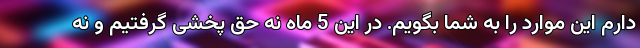
دارم این موارد را به شما بگویم. در این 5 ماه نه حق پخشی گرفتیم و نه